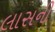
લાસની